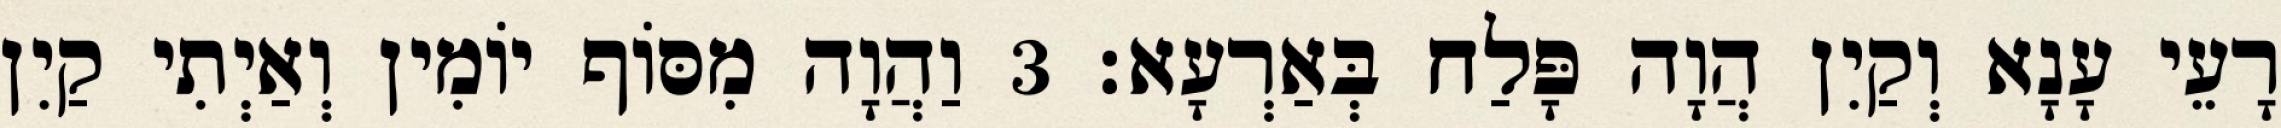
רָעֵי עָנָא וְקַיִן הֲוָה פָּלַח בְּאַרְעָא׃ 3 וַהֲוָה מִסּוֹף יוֹמִין וְאַיְתִי קַיִן